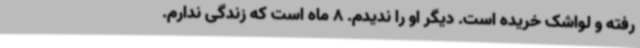
رفته و لواشک خریده است. دیگر او را ندیدم. 8 ماه است که زندگی ندارم.